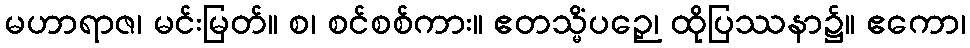
မဟာရာဇ၊ မင်းမြတ်။ စ၊ စင်စစ်ကား။ ဧတသ္မိံပဉှေ၊ ထိုပြဿနာ၌။ ဧကော၊